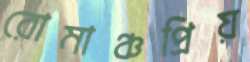
রোমাঞ্চপ্রিয়